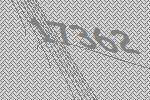
17362